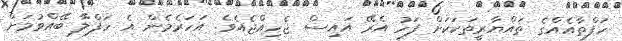
ހަފްތާއެއްގެ ތައްޔާރީތަކަކަށް ފަހު އެރޭ އައިސް ޖެހިއްޖެއެވެ. އަހަރެމެން އެ ހަފްލާ ބޭއްވުމަށް